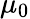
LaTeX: \mu_{0}